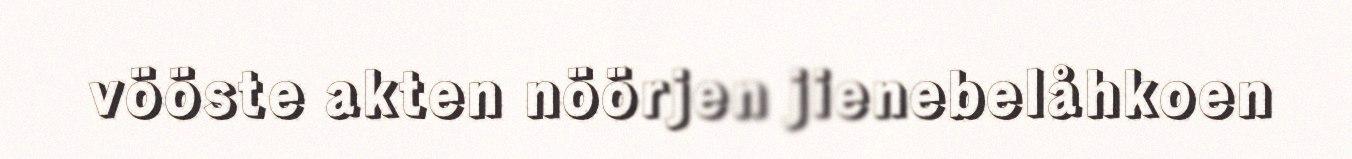
vööste akten nöörjen jienebelåhkoen